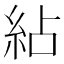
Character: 𥿕